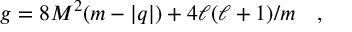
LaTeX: g = 8 M ^ { 2 } ( m - | q | ) + 4 \ell ( \ell + 1 ) / m \quad ,